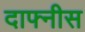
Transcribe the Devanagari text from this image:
दाफ्नीस